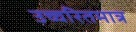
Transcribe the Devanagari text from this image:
उच्चरितमात्र